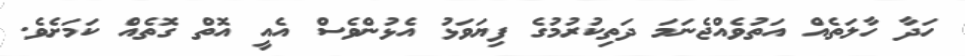
ހަދާ ހާލަތެއް އަތުވެއްޖެނަމަ ދަތިކުރުމުގެ ފިޔަވަޅު އެޅުންވެސް އެއީ އޮތް ގޮތެއް ކަމަށެވެ.